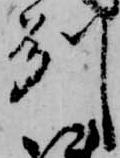
州